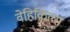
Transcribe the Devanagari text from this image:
वेहिकिल्स